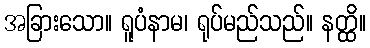
အခြားသော။ ရူပံနာမ၊ ရုပ်မည်သည်။ နတ္ထိ။